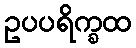
ဥပပရိက္ခထ